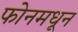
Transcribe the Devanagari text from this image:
फोनमधून